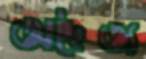
অদৈত্য